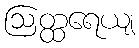
ဩတ္ထရေယျ